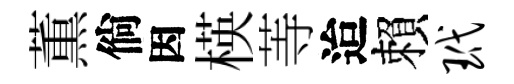
薫倘因楧䓁迨賴玳